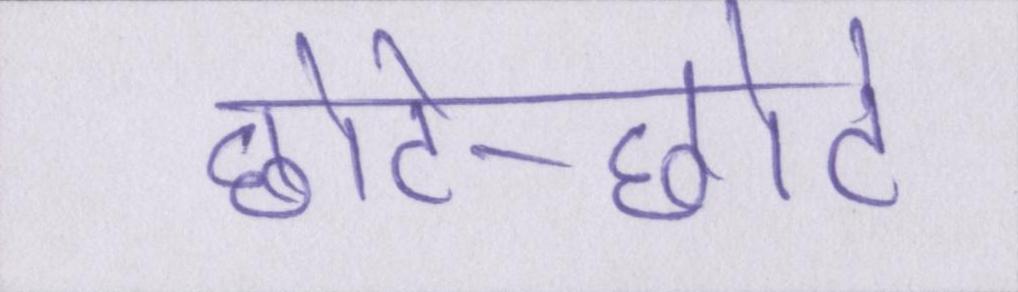
छोटे-छोटे